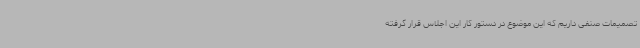
تصمیمات صنفی داریم که این موضوع در دستور کار این اجلاس قرار گرفته